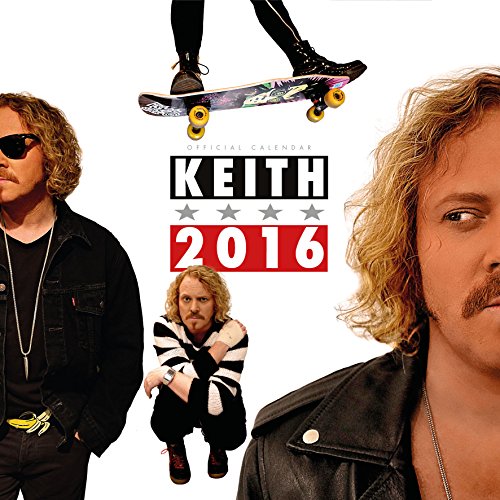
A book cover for The Official Keith Lemon 2016 Square Calendar; Calendars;